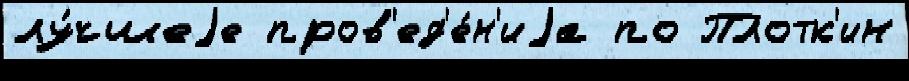
лу́чшеjе пров'ед'е́н'иjа по Плотк'ин